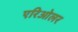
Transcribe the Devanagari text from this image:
एरिओलर